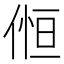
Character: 𠋧